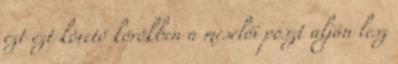
ezt ezt követő körökben a mesélői poszt alján lesz